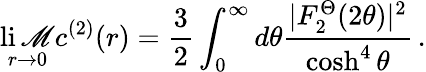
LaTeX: \operatorname*{li\mathscr{M}}_{r\rightarrow0}c^{(2)}(r)=\frac{{3}}{{2}}\int_{0}^{\infty}d\theta\frac{{|F_{2}^{\Theta}(2\theta)|^{2}}}{{\cosh^{4}\theta}}\, .